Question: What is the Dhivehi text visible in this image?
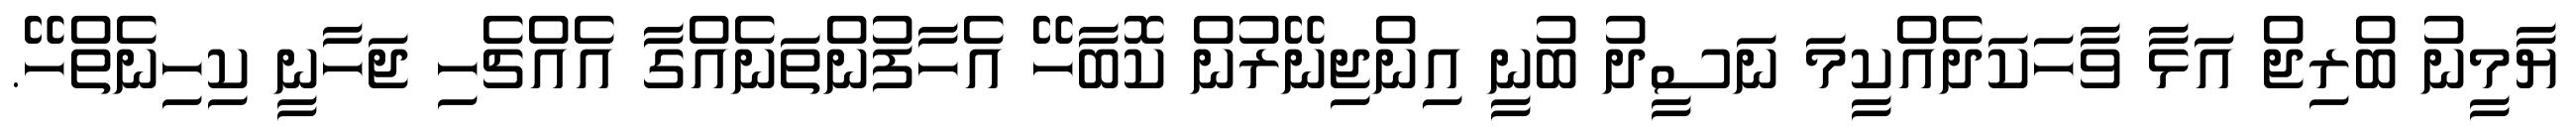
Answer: ޔާމީނު ބްރިޖް އަޅާ ވާހަކަދެއްކީމަ ނަސީދު ބުނީ އިންޖިނޭރުން ކޮބާހޭ އެހާފުންތަނެއްގާ އެއްޗެހި ޖަހާނީ ކިހިނެތްހޭ.